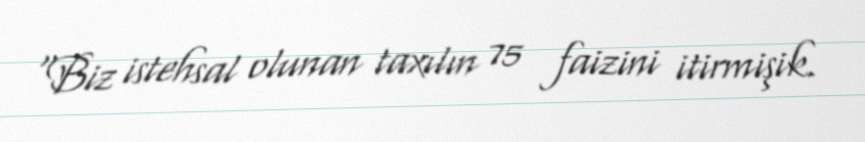
“Biz istehsal olunan taxılın 75 faizini itirmişik.